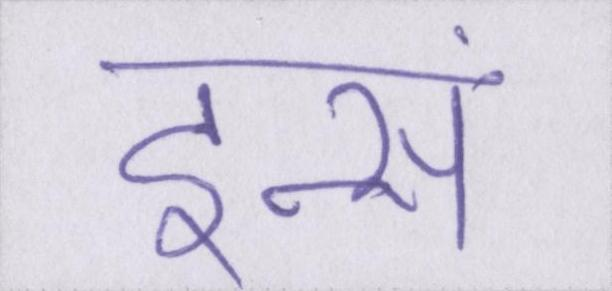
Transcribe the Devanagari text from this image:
इन्सां